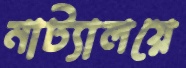
নাট্যালয়ে